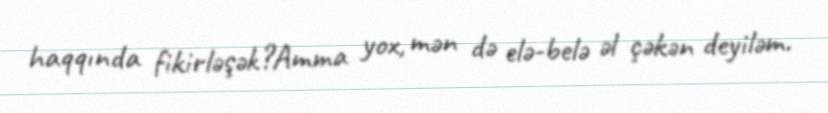
haqqında fikirləşək?Amma yox, mən də elə-belə əl çəkən deyiləm.